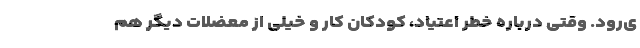
ی‌رود. وقتی درباره خطر اعتیاد، کودکان کار و خیلی از معضلات دیگر هم